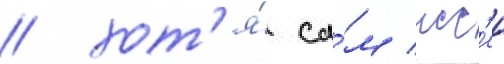
/ хот'я́ са́м исс'еи